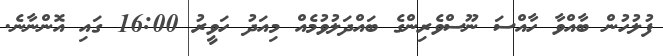
ފުލުހުން ބާއްވާ ހާއްސަ ނޫސްވެރިންގެ ބައްދަލުވުމެއް މިއަދު ހަވީރު 16:00 ގައި އޮންނާނެ.